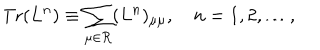
\mathrm { T r } ( L ^ { n } ) \equiv \sum _ { \mu \in { \cal R } } ( L ^ { n } ) _ { \mu \mu } , \quad n = 1 , 2 , \ldots ,